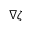
\nabla \zeta